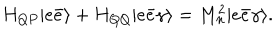
LaTeX: H _ { Q P } | e \bar { e } \rangle + H _ { Q Q } | e \bar { e } \gamma \rangle = M _ { n } ^ { 2 } | e \bar { e } \gamma \rangle .